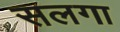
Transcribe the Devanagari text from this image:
सलगा